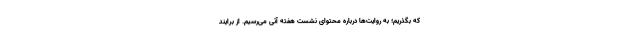
که بگذریم؛ به روایت‌ها درباره محتوای نشست هفته آتی می‌رسیم. از برایند